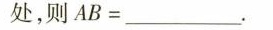
5.如图3，在矩形ABCD中，对角线AC=2\sqrt{3},E为